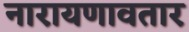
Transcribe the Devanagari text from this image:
नारायणावतार